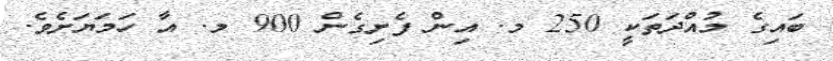
ބައިގެ މުއްދަތަކީ 250 މ. އިން ފެށިގެން 900 މ. އާ ހަމަޔަށެވެ.